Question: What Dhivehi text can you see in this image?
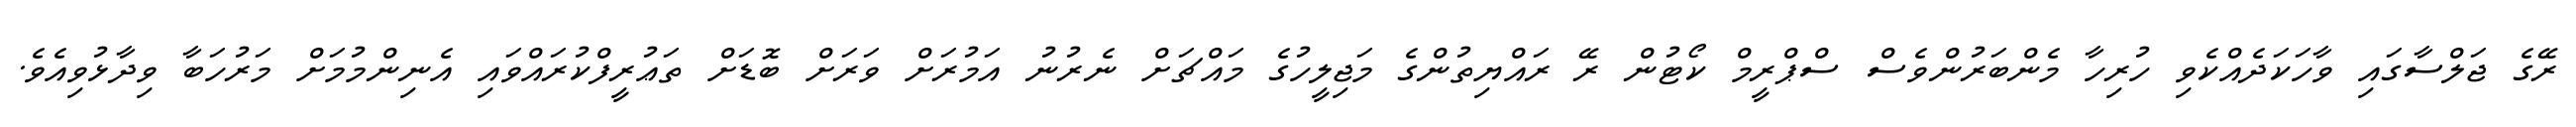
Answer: ރޭގެ ޖަލްސާގައި ވާހަކަދެއްކެވި ހުރިހާ މެންބަރުންވެސް ސްޕްރީމް ކޯޓުން ރޭ ރައްޔިތުންގެ މަޖިލީހުގެ މައްޗަށް ނެރުނު އަމުރަށް ވަރަށް ބޮޑަށް ތަޢުރީފްކުރައްވައި އެނިންމުމަށް މަރުހަބާ ވިދާޅުވިއެވެ.